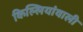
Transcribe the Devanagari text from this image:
किल्लियांवाली